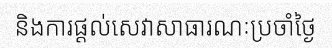
និងការផ្តល់សេវាសាធារណៈប្រចាំថ្ងៃ